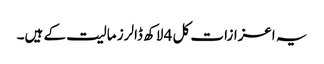
یہ اعزازات کل 4 لاکھ ڈالرز مالیت کے ہیں۔